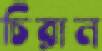
চিরান